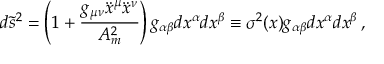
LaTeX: d \tilde { s } ^ { 2 } = \left( 1 + \frac { g _ { \mu \nu } \ddot { x } ^ { \mu } \ddot { x } ^ { \nu } } { { \cal A } _ { m } ^ { 2 } } \right) g _ { \alpha \beta } d x ^ { \alpha } d x ^ { \beta } \equiv \sigma ^ { 2 } ( x ) g _ { \alpha \beta } d x ^ { \alpha } d x ^ { \beta } \, { , }